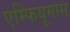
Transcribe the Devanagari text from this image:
एम्फियूमास